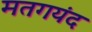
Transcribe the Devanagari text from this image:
मतगयंद